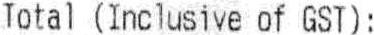
TOTAL (INCLUSIVE OF GST) :